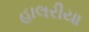
હાલરીયા